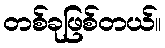
တစ်ခုဖြစ်တယ်။